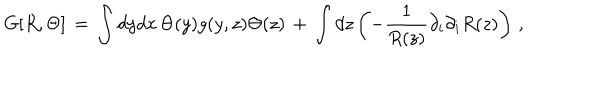
LaTeX: G [ R , \Theta ] \, = \, \int d y d x \, \Theta ( y ) g ( y , z ) \Theta ( z ) \, + \, \int d z \left( - { \frac { 1 } { R ( z ) } } \partial _ { i } \partial _ { i } R ( z ) \right) \, ,